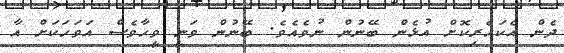
ދެން އެކަހެރިކޮށް އުޅެން ބޭނުން ނުވެއެވެ. ބޭނުން ވަނީ ވީހާވެސް އަވަހަކަށް އާ